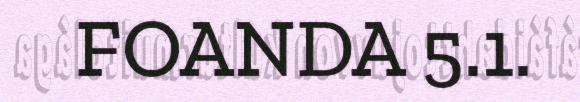
FOANDA 5.1.